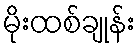
မိုးထစ်ချုန်း